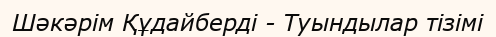
Шәкәрім Құдайберді - Туындылар тізімі